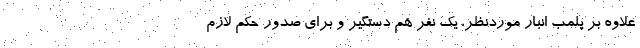
علاوه بر پلمب انبار موردنظر، یک نفر هم دستگیر و برای صدور حکم لازم